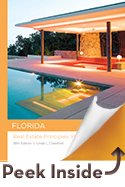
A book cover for Florida Real Estate Principles, Practices & Law (Florida Real Estate Principles, Practices and Law); Linda L. Crawford; Business & Money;